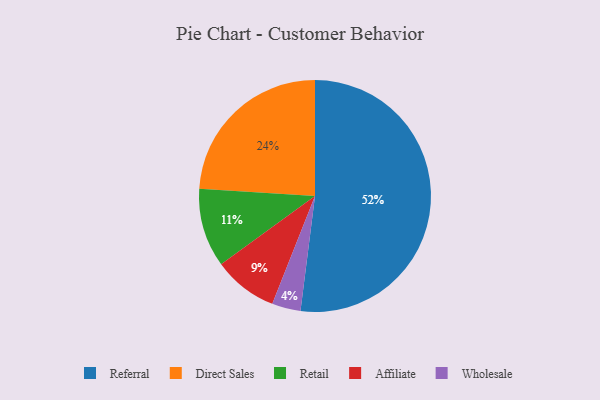
{"axis": {"x": "Category", "y": "Percentage"}, "legend": ["Affiliate", "Direct Sales", "Referral", "Retail", "Wholesale"], "data": [{"x": "Direct Sales", "y": 24, "type": "Direct Sales"}, {"x": "Referral", "y": 52, "type": "Referral"}, {"x": "Wholesale", "y": 4, "type": "Wholesale"}, {"x": "Affiliate", "y": 9, "type": "Affiliate"}, {"x": "Retail", "y": 11, "type": "Retail"}]}